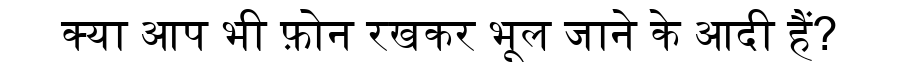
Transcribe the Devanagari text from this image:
क्या आप भी फ़ोन रखकर भूल जाने के आदी हैं?